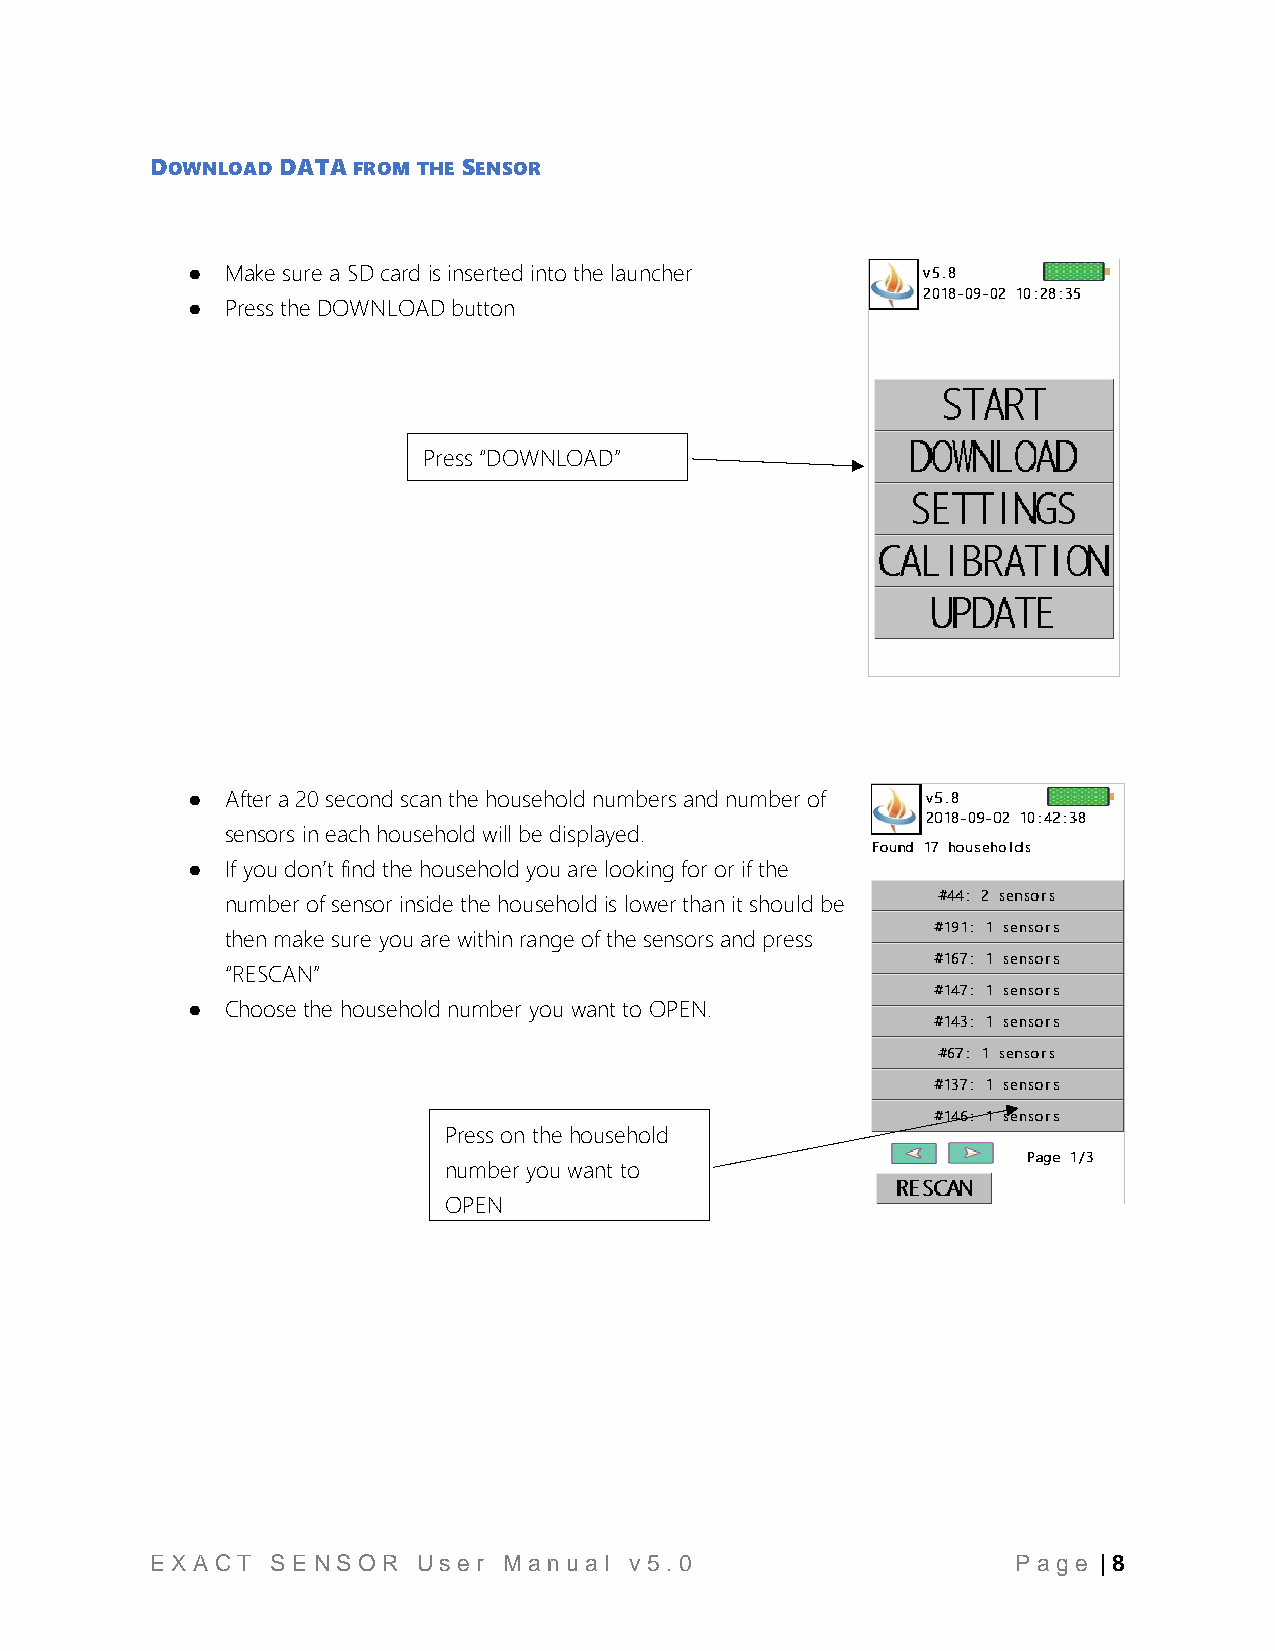
DOWNLOAD DATA FROM THE SENSOR
 ●  Make sure a SD card is inserted into the launcher
 ●  Press the DOWNLOAD button
 Press “DOWNLOAD”
 ●  After a 20 second scan the household numbers and number of
 sensors in each household will be displayed.
 ●  If you don’t find the household you are looking for or if the
 number of sensor inside the household is lower than it should be
 then make sure you are within range of the sensors and press
 “RESCAN”
 ●  Choose the household number you want to OPEN.
 Press on the household
 number you want to
 OPEN
 E X A CT S E NS O R Us e r M a nu a l v 5 .0             P a ge | 8